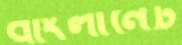
বাংলানেট